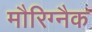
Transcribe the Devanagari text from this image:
मौरिग्नैक